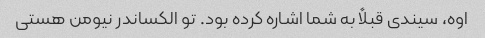
اوه، سیندی قبلاً به شما اشاره کرده بود. تو الکساندر نیومن هستی